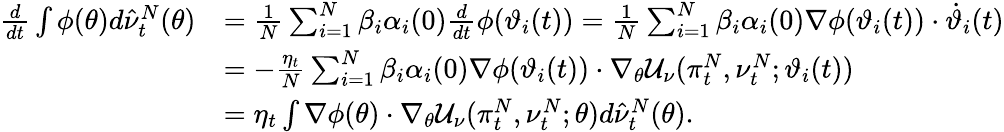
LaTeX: \begin{array}{rl}{\frac{d}{dt}\int\phi(\theta)d\hat{\nu}_{t}^{N}(\theta)}&{=\frac{1}{N}\sum_{i=1}^{N}\beta_{i}\alpha_{i}(0)\frac{d}{dt}\phi(\vartheta_{i}(t))=\frac{1}{N}\sum_{i=1}^{N}\beta_{i}\alpha_{i}(0)\nabla\phi(\vartheta_{i}(t))\cdot\dot{\vartheta}_{i}(t)}\\ &{=-\frac{\eta_{t}}{N}\sum_{i=1}^{N}\beta_{i}\alpha_{i}(0)\nabla\phi(\vartheta_{i}(t))\cdot\nabla_{\theta}\mathcal{U}_{\nu}(\pi_{t}^{N},\nu_{t}^{N};\vartheta_{i}(t))}\\ &{=\eta_{t}\int\nabla\phi(\theta)\cdot\nabla_{\theta}\mathcal{U}_{\nu}(\pi_{t}^{N},\nu_{t}^{N};\theta)d\hat{\nu}_{t}^{N}(\theta).}\end{array}